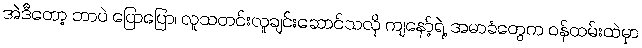
အဲဒီတော့ ဘာပဲ ပြောပြော၊ လူသတင်းလူချင်းဆောင်သလို ကျနော့်ရဲ့ အမာခံတွေက ဝန်ထမ်းထဲမှာ